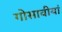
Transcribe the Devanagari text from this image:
गोसावीयां